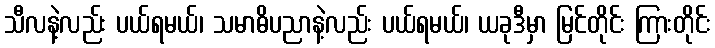
သီလနဲ့လည်း ပယ်ရမယ်၊ သမာဓိပညာနဲ့လည်း ပယ်ရမယ်၊ ယခုဒီမှာ မြင်တိုင်း ကြားတိုင်း